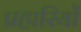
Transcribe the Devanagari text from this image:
प्रहारियों